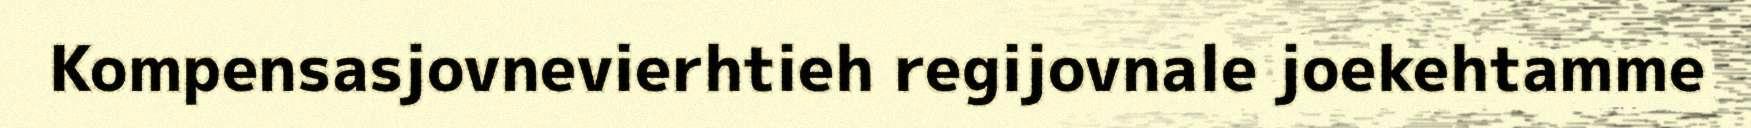
Kompensasjovnevierhtieh regijovnale joekehtamme